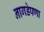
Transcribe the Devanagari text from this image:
नागडेपणा